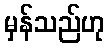
မှန်သည်ဟု